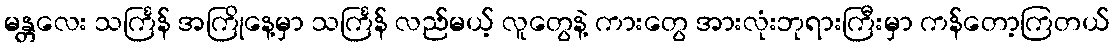
မန္တလေး သင်္ကြန် အကြိုနေ့မှာ သင်္ကြန် လည်မယ့် လူတွေနဲ့ ကားတွေ အားလုံးဘုရားကြီးမှာ ကန်တော့ကြတယ်